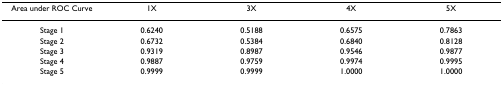
<table><thead><tr><td><b>Area under ROC Curve</b></td><td><b>1X</b></td><td><b>3X</b></td><td><b>4X</b></td><td><b>5X</b></td></tr></thead><tbody><tr><td>Stage 1</td><td>0.6240</td><td>0.5188</td><td>0.6575</td><td>0.7863</td></tr><tr><td>Stage 2</td><td>0.6732</td><td>0.5384</td><td>0.6840</td><td>0.8128</td></tr><tr><td>Stage 3</td><td>0.9319</td><td>0.8987</td><td>0.9546</td><td>0.9877</td></tr><tr><td>Stage 4</td><td>0.9887</td><td>0.9759</td><td>0.9974</td><td>0.9995</td></tr><tr><td>Stage 5</td><td>0.9999</td><td>0.9999</td><td>1.0000</td><td>1.0000</td></tr></tbody></table>